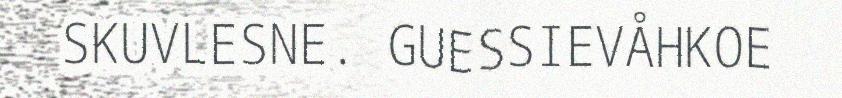
SKUVLESNE. GUESSIEVÅHKOE